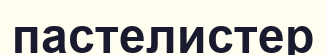
пастелистер